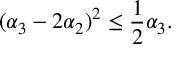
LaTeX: ( \alpha _ { 3 } - 2 \alpha _ { 2 } ) ^ { 2 } \leq { \frac { 1 } { 2 } } \alpha _ { 3 } .